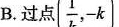
B.过点 ( \frac{1}{k},-k)